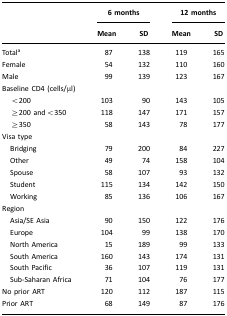
<table><thead><tr><td rowspan="3"></td><td colspan="2"><b>6 months</b></td><td colspan="2"><b>12 months</b></td></tr><tr><td><b>Mean</b></td><td><b>SD</b></td><td><b>Mean</b></td><td><b>SD</b></td></tr></thead><tbody><tr><td>Totala</td><td>87</td><td>138</td><td>119</td><td>165</td></tr><tr><td>Female</td><td>54</td><td>132</td><td>110</td><td>160</td></tr><tr><td>Male</td><td>99</td><td>139</td><td>123</td><td>167</td></tr><tr><td colspan="5">Baseline CD4 (cells/μl)</td></tr><tr><td> &lt;200</td><td>103</td><td>90</td><td>143</td><td>105</td></tr><tr><td> ≥200 and&lt;350</td><td>118</td><td>147</td><td>171</td><td>157</td></tr><tr><td> ≥350</td><td>58</td><td>143</td><td>78</td><td>177</td></tr><tr><td colspan="5">Visa type</td></tr><tr><td> Bridging</td><td>79</td><td>200</td><td>84</td><td>227</td></tr><tr><td> Other</td><td>49</td><td>74</td><td>158</td><td>104</td></tr><tr><td> Spouse</td><td>58</td><td>107</td><td>93</td><td>132</td></tr><tr><td> Student</td><td>115</td><td>134</td><td>142</td><td>150</td></tr><tr><td> Working</td><td>85</td><td>136</td><td>106</td><td>167</td></tr><tr><td colspan="5">Region</td></tr><tr><td> Asia/SE Asia</td><td>90</td><td>150</td><td>122</td><td>176</td></tr><tr><td> Europe</td><td>104</td><td>99</td><td>138</td><td>170</td></tr><tr><td> North America</td><td>15</td><td>189</td><td>99</td><td>133</td></tr><tr><td> South America</td><td>160</td><td>143</td><td>174</td><td>131</td></tr><tr><td> South Pacific</td><td>36</td><td>107</td><td>119</td><td>131</td></tr><tr><td> Sub-Saharan Africa</td><td>71</td><td>104</td><td>76</td><td>177</td></tr><tr><td>No prior ART</td><td>120</td><td>112</td><td>187</td><td>115</td></tr><tr><td>Prior ART</td><td>68</td><td>149</td><td>87</td><td>176</td></tr></tbody></table>